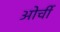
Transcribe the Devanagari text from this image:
ओर्ची